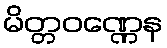
မိတ္တဝဏ္ဏေန